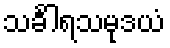
သင်္ခါရသမုဒယံ